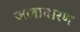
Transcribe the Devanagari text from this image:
जलावारण